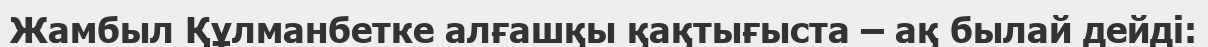
Жамбыл Құлманбетке алғашқы қақтығыста – ақ былай дейді: